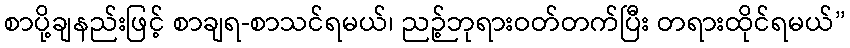
စာပို့ချနည်းဖြင့် စာချရ-စာသင်ရမယ်၊ ညဉ့်ဘုရားဝတ်တက်ပြီး တရားထိုင်ရမယ်”